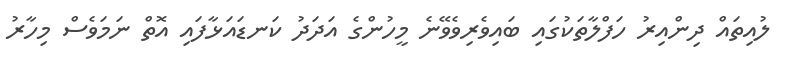
ލުއިތައް ދިންއިރު ހަފްލާތަކުގައި ބައިވެރިވެވޭނެ މީހުންގެ އަދަދު ކަނޑައަޅާފައި އޮތް ނަމަވެސް މިހާރު